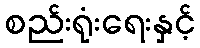
စည်းရုံးရေးနှင့်